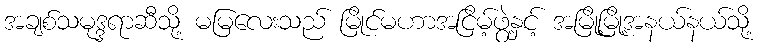
အချစ်သမုဒ္ဒရာဆီသို့ မမြလေးသည် မြိုင်မဟာအငြိမ့်ဖွဲ့နှင့် အမြို့မြို့အနယ်နယ်သို့